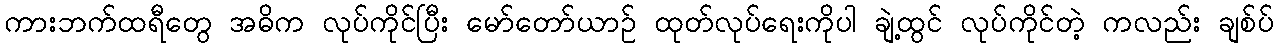
ကားဘက်ထရီတွေ အဓိက လုပ်ကိုင်ပြီး မော်တော်ယာဉ် ထုတ်လုပ်ရေးကိုပါ ချဲ့ထွင် လုပ်ကိုင်တဲ့ ကလည်း ချစ်ပ်